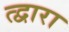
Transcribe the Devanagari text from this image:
त्द्वारा